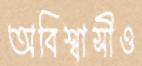
অবিশ্বাসীও